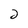
Character: 2